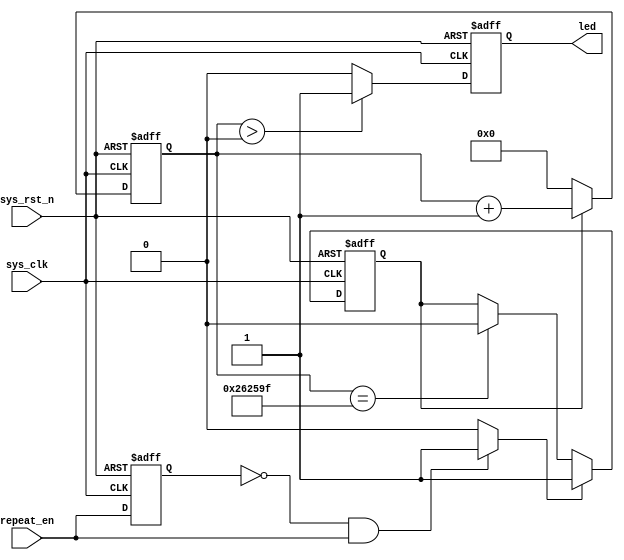
module led_ctrl (
    input wire repeat_en,
    input wire sys_clk,
    input wire sys_rst_n,
    output reg led
);

    parameter CNT_MAX = 250_0000;   // 50ms count from 0~250_0000

    reg repeat_en_dly;
    wire repeat_en_rise;
    reg cnt_en;
    reg [21:0] cnt;

    // repeat_en_dly: repeat_en 1 clk cycle delay
    always @(posedge sys_clk or negedge sys_rst_n) begin
        if (sys_rst_n == 1'b0)
            repeat_en_dly <= 1'b0;
        else 
            repeat_en_dly <= repeat_en;
    end

    // repeat_en_rise: flag signal, detect the posedge of repeat_en 
    assign repeat_en_rise = (repeat_en_dly == 1'b0 && repeat_en == 1'b1) ? 1'b1 : 1'b0;

    // cnt_en
    always @(posedge sys_clk or negedge sys_rst_n) begin
        if (sys_rst_n == 1'b0)
            cnt_en <= 1'b0;
        else if (repeat_en_rise == 1'b1)
            cnt_en <= 1'b1;
        else if (cnt == CNT_MAX - 1'b1)
            cnt_en <= 1'b0;
    end

    // cnt
    always @(posedge sys_clk or negedge sys_rst_n) begin
        if (sys_rst_n == 1'b0)
            cnt <= 22'd0;
        else if (cnt_en == 1'b1)
            cnt <= cnt + 1'b1;
        else 
            cnt <= 22'd0;
    end

    // led
    always @(posedge sys_clk or negedge sys_rst_n) begin
        if (sys_rst_n == 1'b0)
            led <= 1'b0;
        else if (cnt > 22'd0)
            led <= 1'b1;
        else 
            led <= 1'b0;
    end
    
endmodule